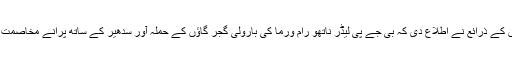
پولیس کے ذرائع نے اطلاع دی کہ بی جے پی لیڈر ناتھو رام ورما کی بارولی گجر گاؤں کے حملہ آور سدھیر کے ساتھ پرانے مخاصمت تھی۔